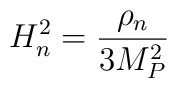
H_n^2={\rho_n \over 3 M_{P}^2}